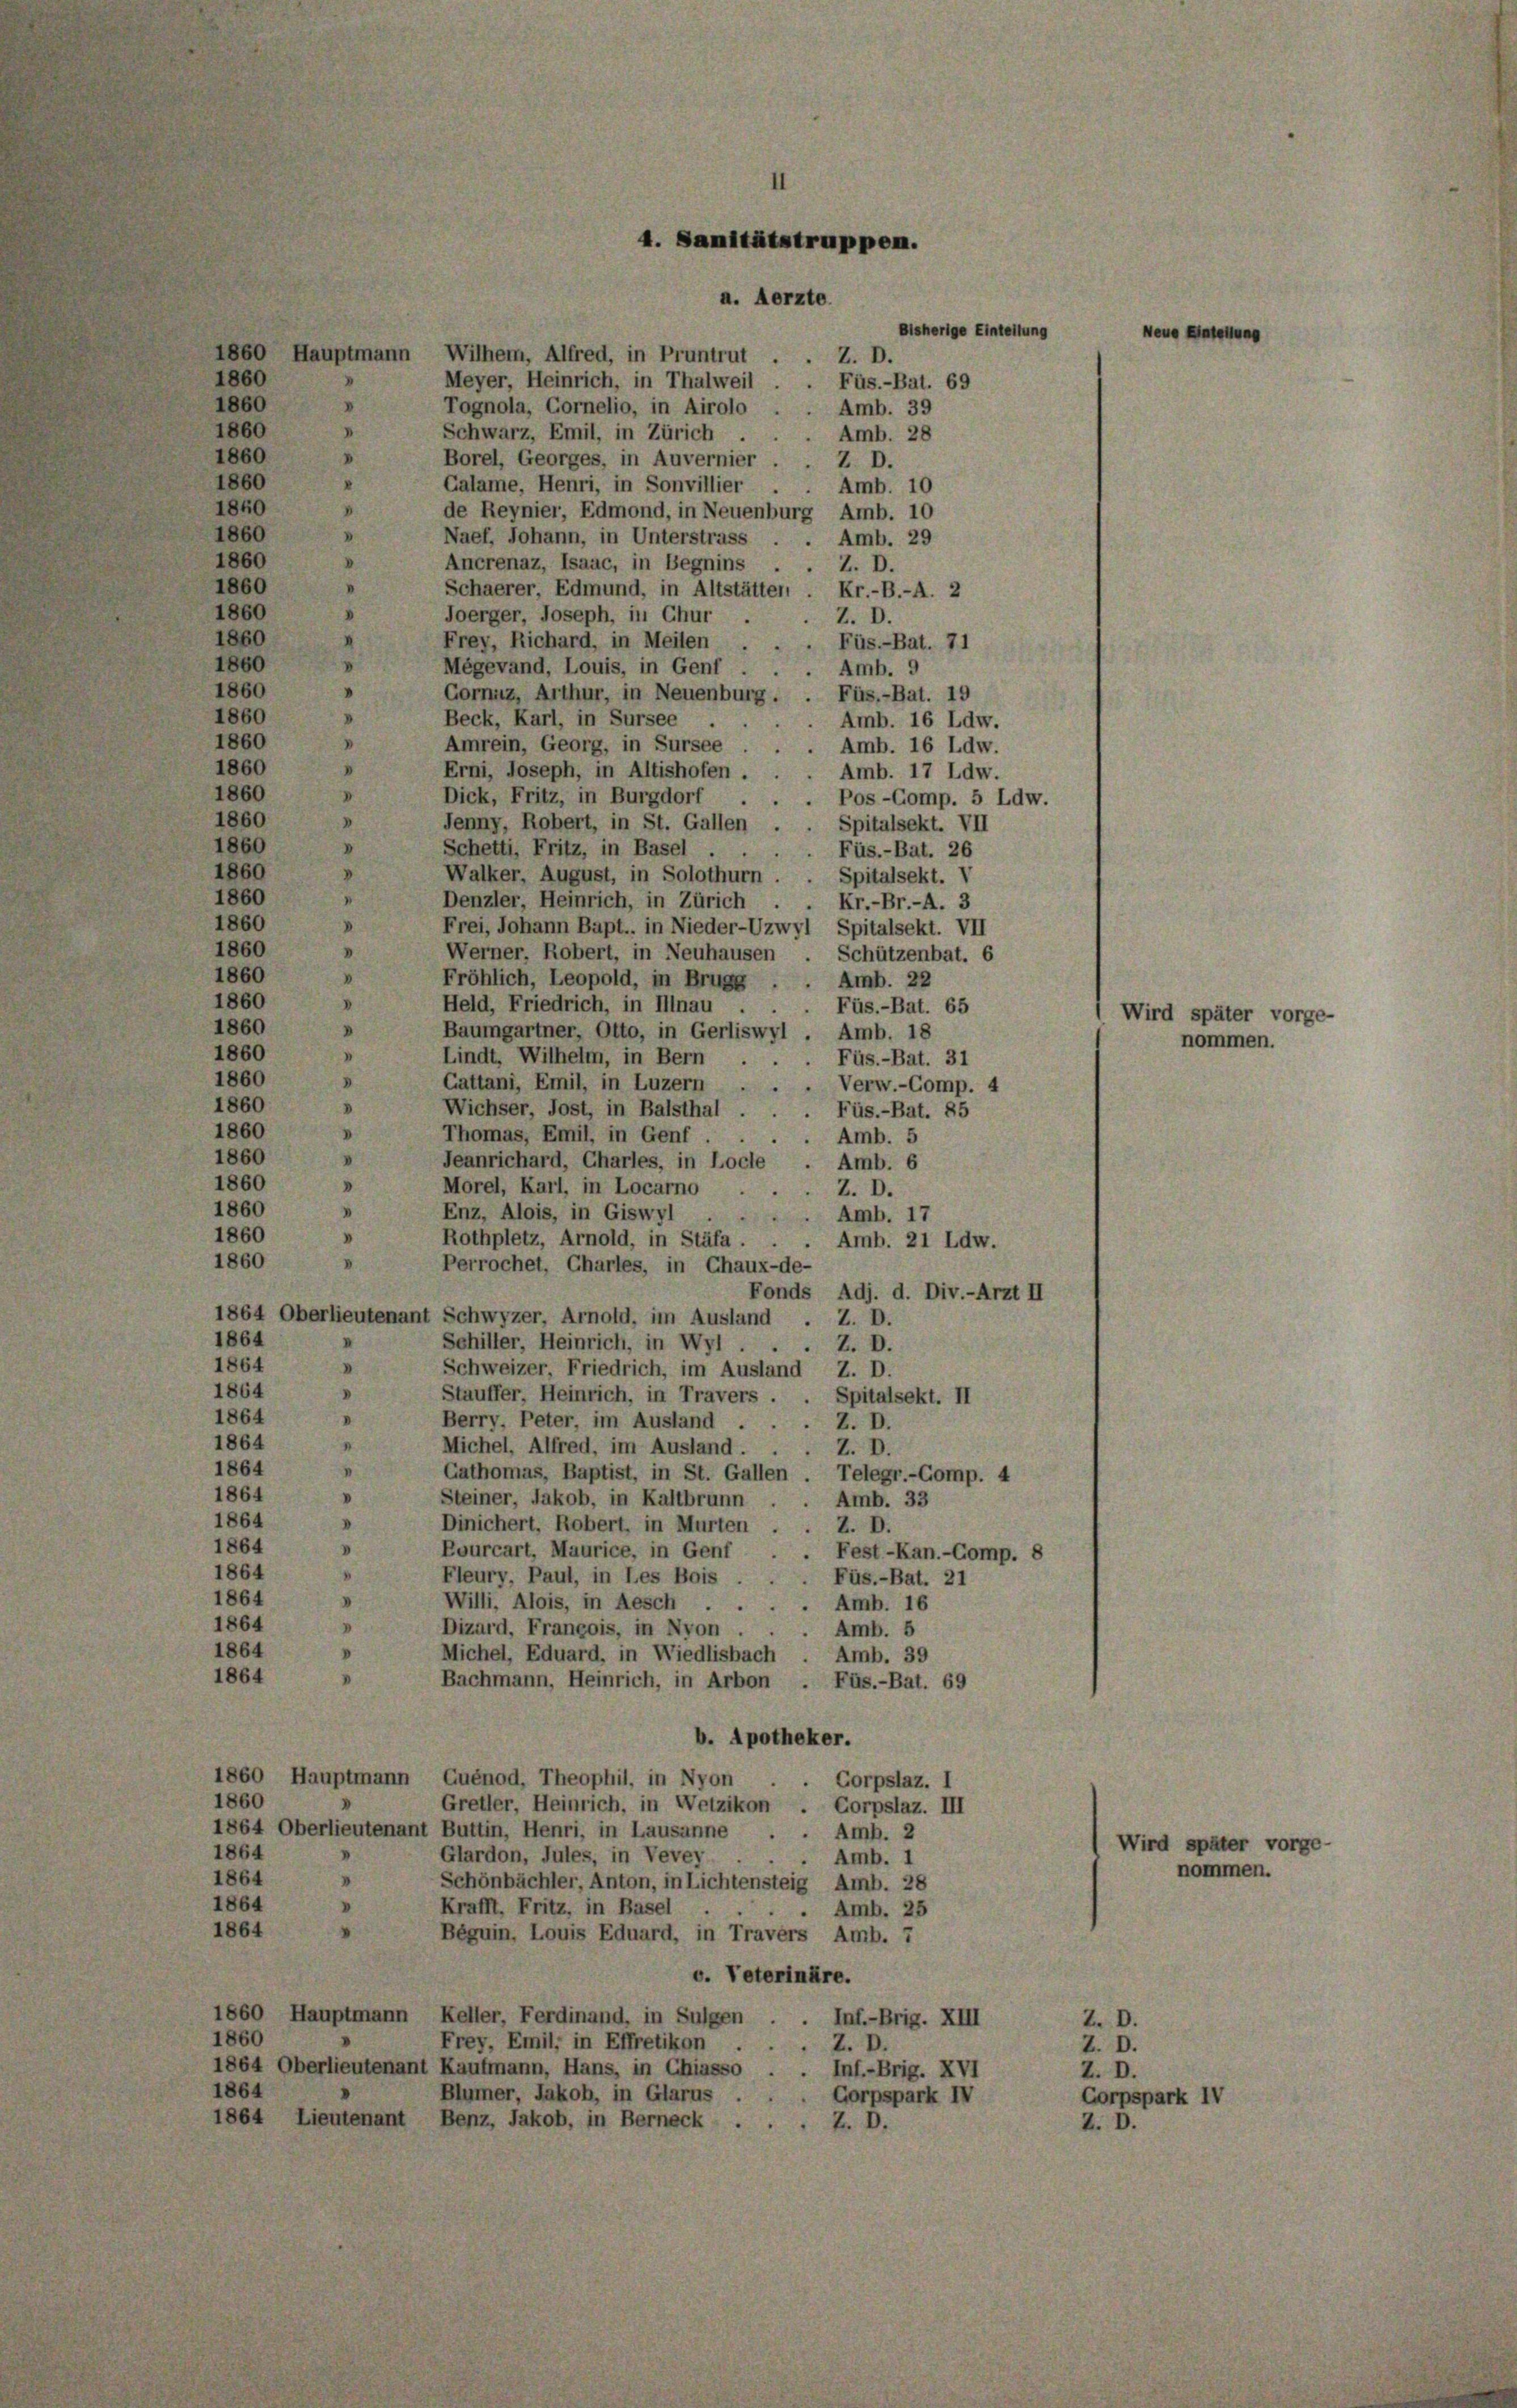
a. Aerzte.
1860 Hauptmann Wilhem, Alfred, in Pruntrut
1860
Meyer, Heinrich, in Thalweil
1860
V
Tognola, Gornelio, in Airolo . . Amb. 39
1860
.
Schwarz, Emil, in Zürich
1860
V
Borel, Georges, in Auvernier
Z. D.
1860
Calame, Henri, in Sonvillier
Amb. 10
1840
de Reynier, Edmond, in Neuenburg Amb. 10
1860
Naef, Johann, in Unterstrass . . Amb. 29
1860
Ancrenaz, Isaac, in Begnins .
Z. D.
1860
Schaerer, Edmund, in Altstätter, Kr.-B.-A. 2
1860
Joerger, Joseph, in Chur
1860
Frey, Richard, in Meilen .
1860
Mégevand, Louis, in Genf
1860
Gorniz, Arthur, in Neuenburg.
1860
Beck, Karl, in Sursee
1860
Amrein, Georg, in Sursee
1860
Erni, Joseph, in Altishofen.
1860
Dick, Fritz, in Burgdorf
Pos-Comp. 5 Ldw.
1860
Jenny, Robert, in St. Gallen . . Spitalsekt. VII
1860
Schetti, Fritz, in Basel
.
1860
Walker, August, in Solothurn
1860
Denzler, Heinrich, in Zürich
1860
V
Frei, Johann Bapt., in Nieder-Uzwyl Spitalsekt. VII
1860
.
Werner, Robert, in Neuhausen
1860
Fröhlich, Leopold, in Brugg
1860
Held, Friedrich, in Illnau
1860
Baumgartner, Otto, in Gerliswyl . Amb. 18
1860
Lindt, Wilhelm, in Bern
1860
Gattani, Emil, in Luzern ..
Verw.-Comp. 4
1860
Wichser, Jost, in Balsthal.
Füs.-Bat. 85
1860
Thomas, Emil, in Genf.
Amb. 5
1860
Jeanrichard, Charles, in Locle
Amb. 6
1860
D
Morel, Karl, in Locarno
Z. D.
1860
V
Enz, Alois, in Giswyl
Amb. 17
2
1860
.
Rothpletz, Arnold, in Stäfa . . . Amb. 21 Ldw.
1860
V
Perrochet, Chartes, in Chaux-de-
Fonds Adj. d. Div.-Arzt II
1864 Oberlieutenant Schwyzer, Arnold, im Ausland . Z. D.
1864
Schiller, Heinrich, in Wyl .
Z. D.
1864
Schweizer, Friedrich, im Ausland Z. D.
1864
Stauffer, Heinrich, in Travers . . Spitalsekt. II
1864
Berry, Peter, im Ausland . . . Z. D.
1864
1
Michel, Alfred, im Ausland . .
Z. D.
1864
Cathomas, Baptist, in St. Gallen Telegr.-Comp. 4
1864
Steiner, Jakob, in Kaltbrunn
Amb. 33
1864
Dinichert, Robert, in Murten
Z. D.
1864
Pourcart, Maurice, in Genf
Fest-Kan.-Comp. 8
1864
Fleury, Paul, in Les Bois
Füs.-Bat. 21
1864
Willi, Alois, in Aesch . .
Amb. 16
1864
Dizard, Franeois, in Nyon
Amb. 5
1864
Michel, Eduard, in Wiedlisbach . Amb. 39
1864
Bachmann, Heinrich, in Arbon . Füs.-Bat. 69
b. Apotheker.
1860 Hauptmann, Quénod, Theophil, in Nyon

Corpslaz. I
1860
Gretler, Heinrich, in Wetzikon - Corpslaz. III
1864 Oberlieutenant Buttin, Henri, in Lausanne
Amb. 2
1864
Glardon, Jules, in Vevey
Amb. 1
1864
Schönbächler, Anton, in Lichtensteig Amb. 28
1864
Krafft, Fritz, in Basel
. Amb. 25
1864
Beguin, Louis Eduard, in Travers Amb. 7
c. Teterinäre.
1860 Hauptmann Keller, Ferdinand, in Sulgen
Inf.-Brig. XIII
1860
Frey, Emil; in Effretikon .
Z. D.
1864 Oberlieutenant Kaufmann, Hans, in Chiasso
Inf.-Brig. XVI
1864
Blümer, Jakob, in Glarus
Gorpspark IV
1864 Lieutenant Benz, Jakob, in Berneck
Z. D.

D
.

4. Sanitätstruppe.

e

Z. D.
Füs.-Bat. 69
Amb. 28

Z. D.
Füs.-Bat. 7
Amb. 9
Füs.-Bat. 19
Amb. 16 Ldw.
Amb. 16 Ldw.
Amb. 17 Ldw.
Füs.-Bat. 26
Spitalsekt. 1
Kr.-Br.-A. 3
Schützenbat. 6
Amb. 22
Füs.-Bat. 65
Füs.-Bat. 31

Bisherige Einleitung

Z. D.
Corpspark 1

Wird später
nommen.

D.

Wird später vorge
nommen.